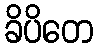
ခိပိတေ